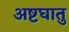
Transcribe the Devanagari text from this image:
अष्टघातु